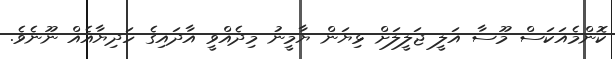
ކޮންމެއަކަސް މޫސާ އަލީ ޖަލީލަށް ޅިޔަން ޔާމީނު މިދެއްވީ އާދައިގެ ހަދިޔާއެއް ނޫނެވެ.